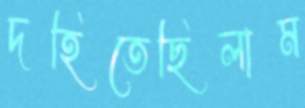
দহিতেছিলাম